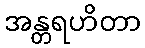
အန္တရဟိတာ